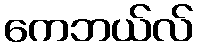
ကေဘယ်လ်